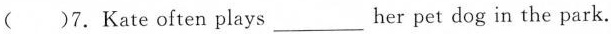
( )7.Kate often plays___ her pet dog in the park.